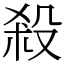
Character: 殺